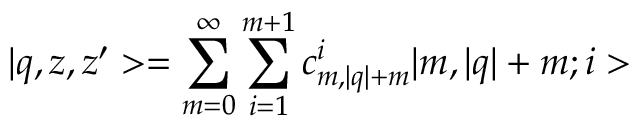
| q , z , z ^ { \prime } > = \sum _ { m = 0 } ^ { \infty } \sum _ { i = 1 } ^ { m + 1 } c _ { m , | q | + m } ^ { i } | m , | q | + m ; i >